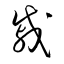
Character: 戚